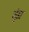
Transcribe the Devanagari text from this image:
भुंडा